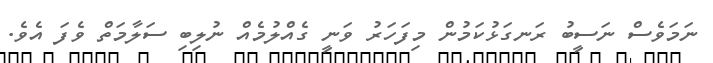
ނަމަވެސް ނަސީބު ރަނގަޅުކަމުން މިފަހަރު ވަނީ ގެއްލުމެއް ނުލިބި ސަލާމަތް ވެފަ އެވެ.